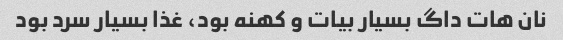
نان هات داگ بسیار بیات و کهنه بود، غذا بسیار سرد بود